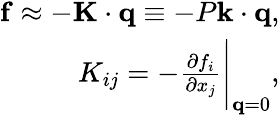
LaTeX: \begin{array}{r}{\mathbf{f}\approx-\mathbf{K}\cdot\mathbf{q}\equiv-P\mathbf{k}\cdot\mathbf{q},}\\ {K_{ij}=-\frac{\partial f_{i}}{\partial x_{j}}\Bigg|_{\mathbf{q}=0},}\end{array}